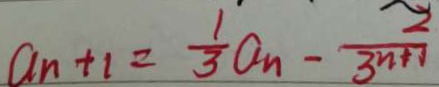
a _ { n + 1 } = \frac { 1 } { 3 } a _ { n } - \frac { 2 } { 3 n + 1 }